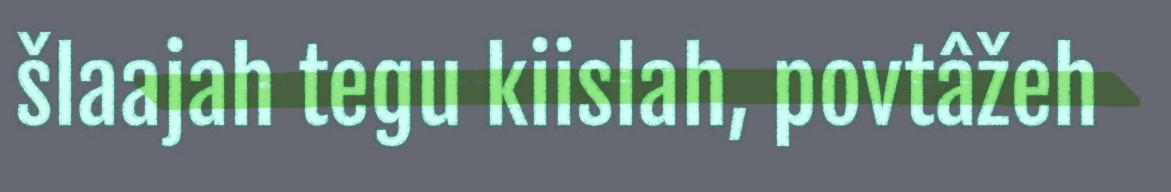
šlaajah tegu kiislah, povtâžeh